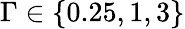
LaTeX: \Gamma\in\{ 0.25,1,3\}